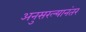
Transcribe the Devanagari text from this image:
अनुसरल्यानंतर